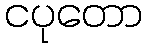
ငပုတော